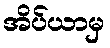
အိပ်ယာမှ